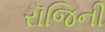
રૉજિની